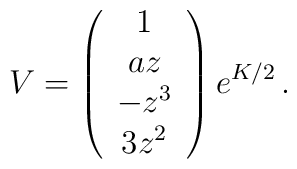
V= \left(\begin{array}{c}1\\ az\\ -z^3 \\ 3z^2\end{array}\right)e^{K/2}\,.